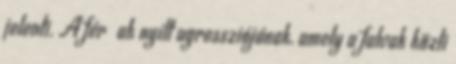
jelenti. A férﬁak nyílt agressziójának, amely a falvak közti